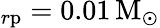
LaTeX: _{r\mathrm{p}}=0.01\, \mathrm{M_{\odot}}